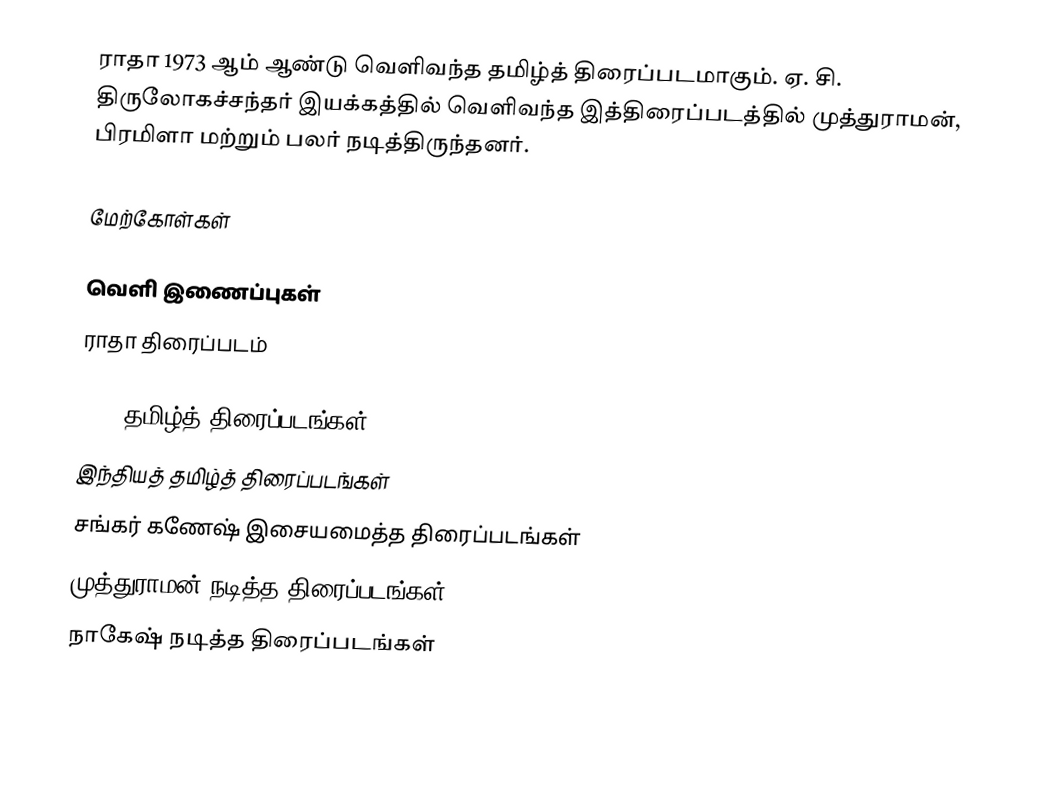
ராதா 1973 ஆம் ஆண்டு வெளிவந்த தமிழ்த் திரைப்படமாகும். ஏ. சி. திருலோகச்சந்தர் இயக்கத்தில் வெளிவந்த இத்திரைப்படத்தில் முத்துராமன், பிரமிளா மற்றும் பலர் நடித்திருந்தனர்.

மேற்கோள்கள்

வெளி இணைப்புகள்
ராதா திரைப்படம்

1973 தமிழ்த் திரைப்படங்கள்
இந்தியத் தமிழ்த் திரைப்படங்கள்
சங்கர் கணேஷ் இசையமைத்த திரைப்படங்கள்
முத்துராமன் நடித்த திரைப்படங்கள்
நாகேஷ் நடித்த திரைப்படங்கள்